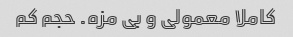
کاملا معمولی و بی مزه. حجم کم